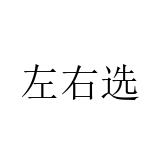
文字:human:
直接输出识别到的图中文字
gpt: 左右选